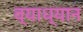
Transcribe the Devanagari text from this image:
व्याध्यान